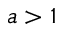
a > 1